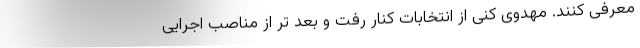
معرفی کنند. مهدوی کنی از انتخابات کنار رفت و بعد تر از مناصب اجرایی